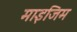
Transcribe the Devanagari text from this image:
माइजिम